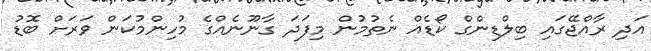
އަދި ރާއްޖޭގައި ބިލްޑިންގް ކޯޑެއް ނެތުމުން މިފަދަ ގާނޫނެއްގެ މުހިންމުކަން ވަރަށް ބޮޑު